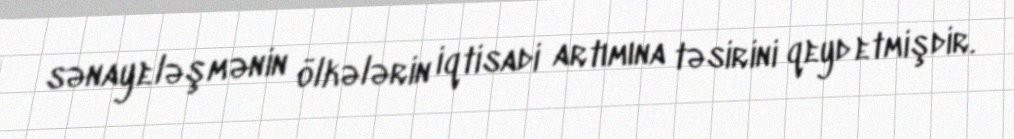
sənayeləşmənin ölkələrin iqtisadi artımına təsirini qeyd etmişdir.